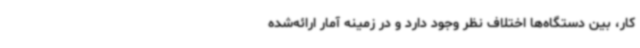
کار، بین دستگاه‌ها اختلاف نظر وجود دارد و در زمینه آمار ارائه‌شده